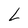
Character: L